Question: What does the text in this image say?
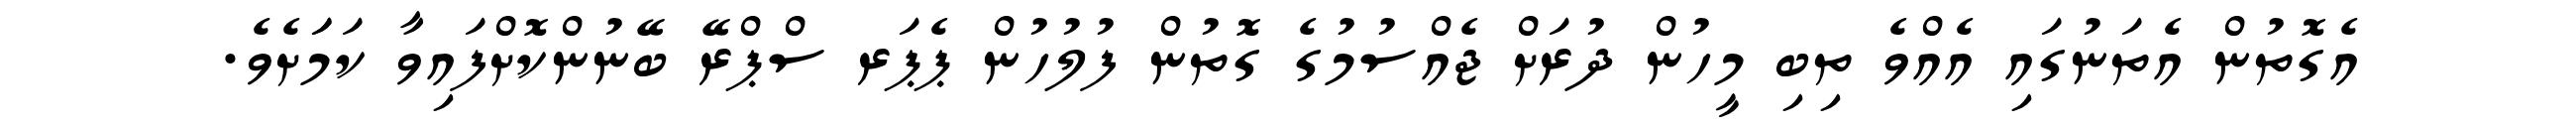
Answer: އެގޮތުން އެތަނުގައި އެއްވެ ތިބި މީހުން ދުރަށް ޖެއްސުމުގެ ގޮތުން ފުލުހުން ޕެޕަރ ސްޕްރޭ ބޭނުންކޮށްފައިވާ ކަމަަށެވެ.